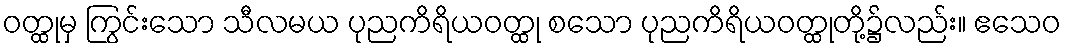
ဝတ္ထုမှ ကြွင်းသော သီလမယ ပုညကိရိယဝတ္ထု စသော ပုညကိရိယဝတ္ထုတို့၌လည်း။ ဧသေဝ